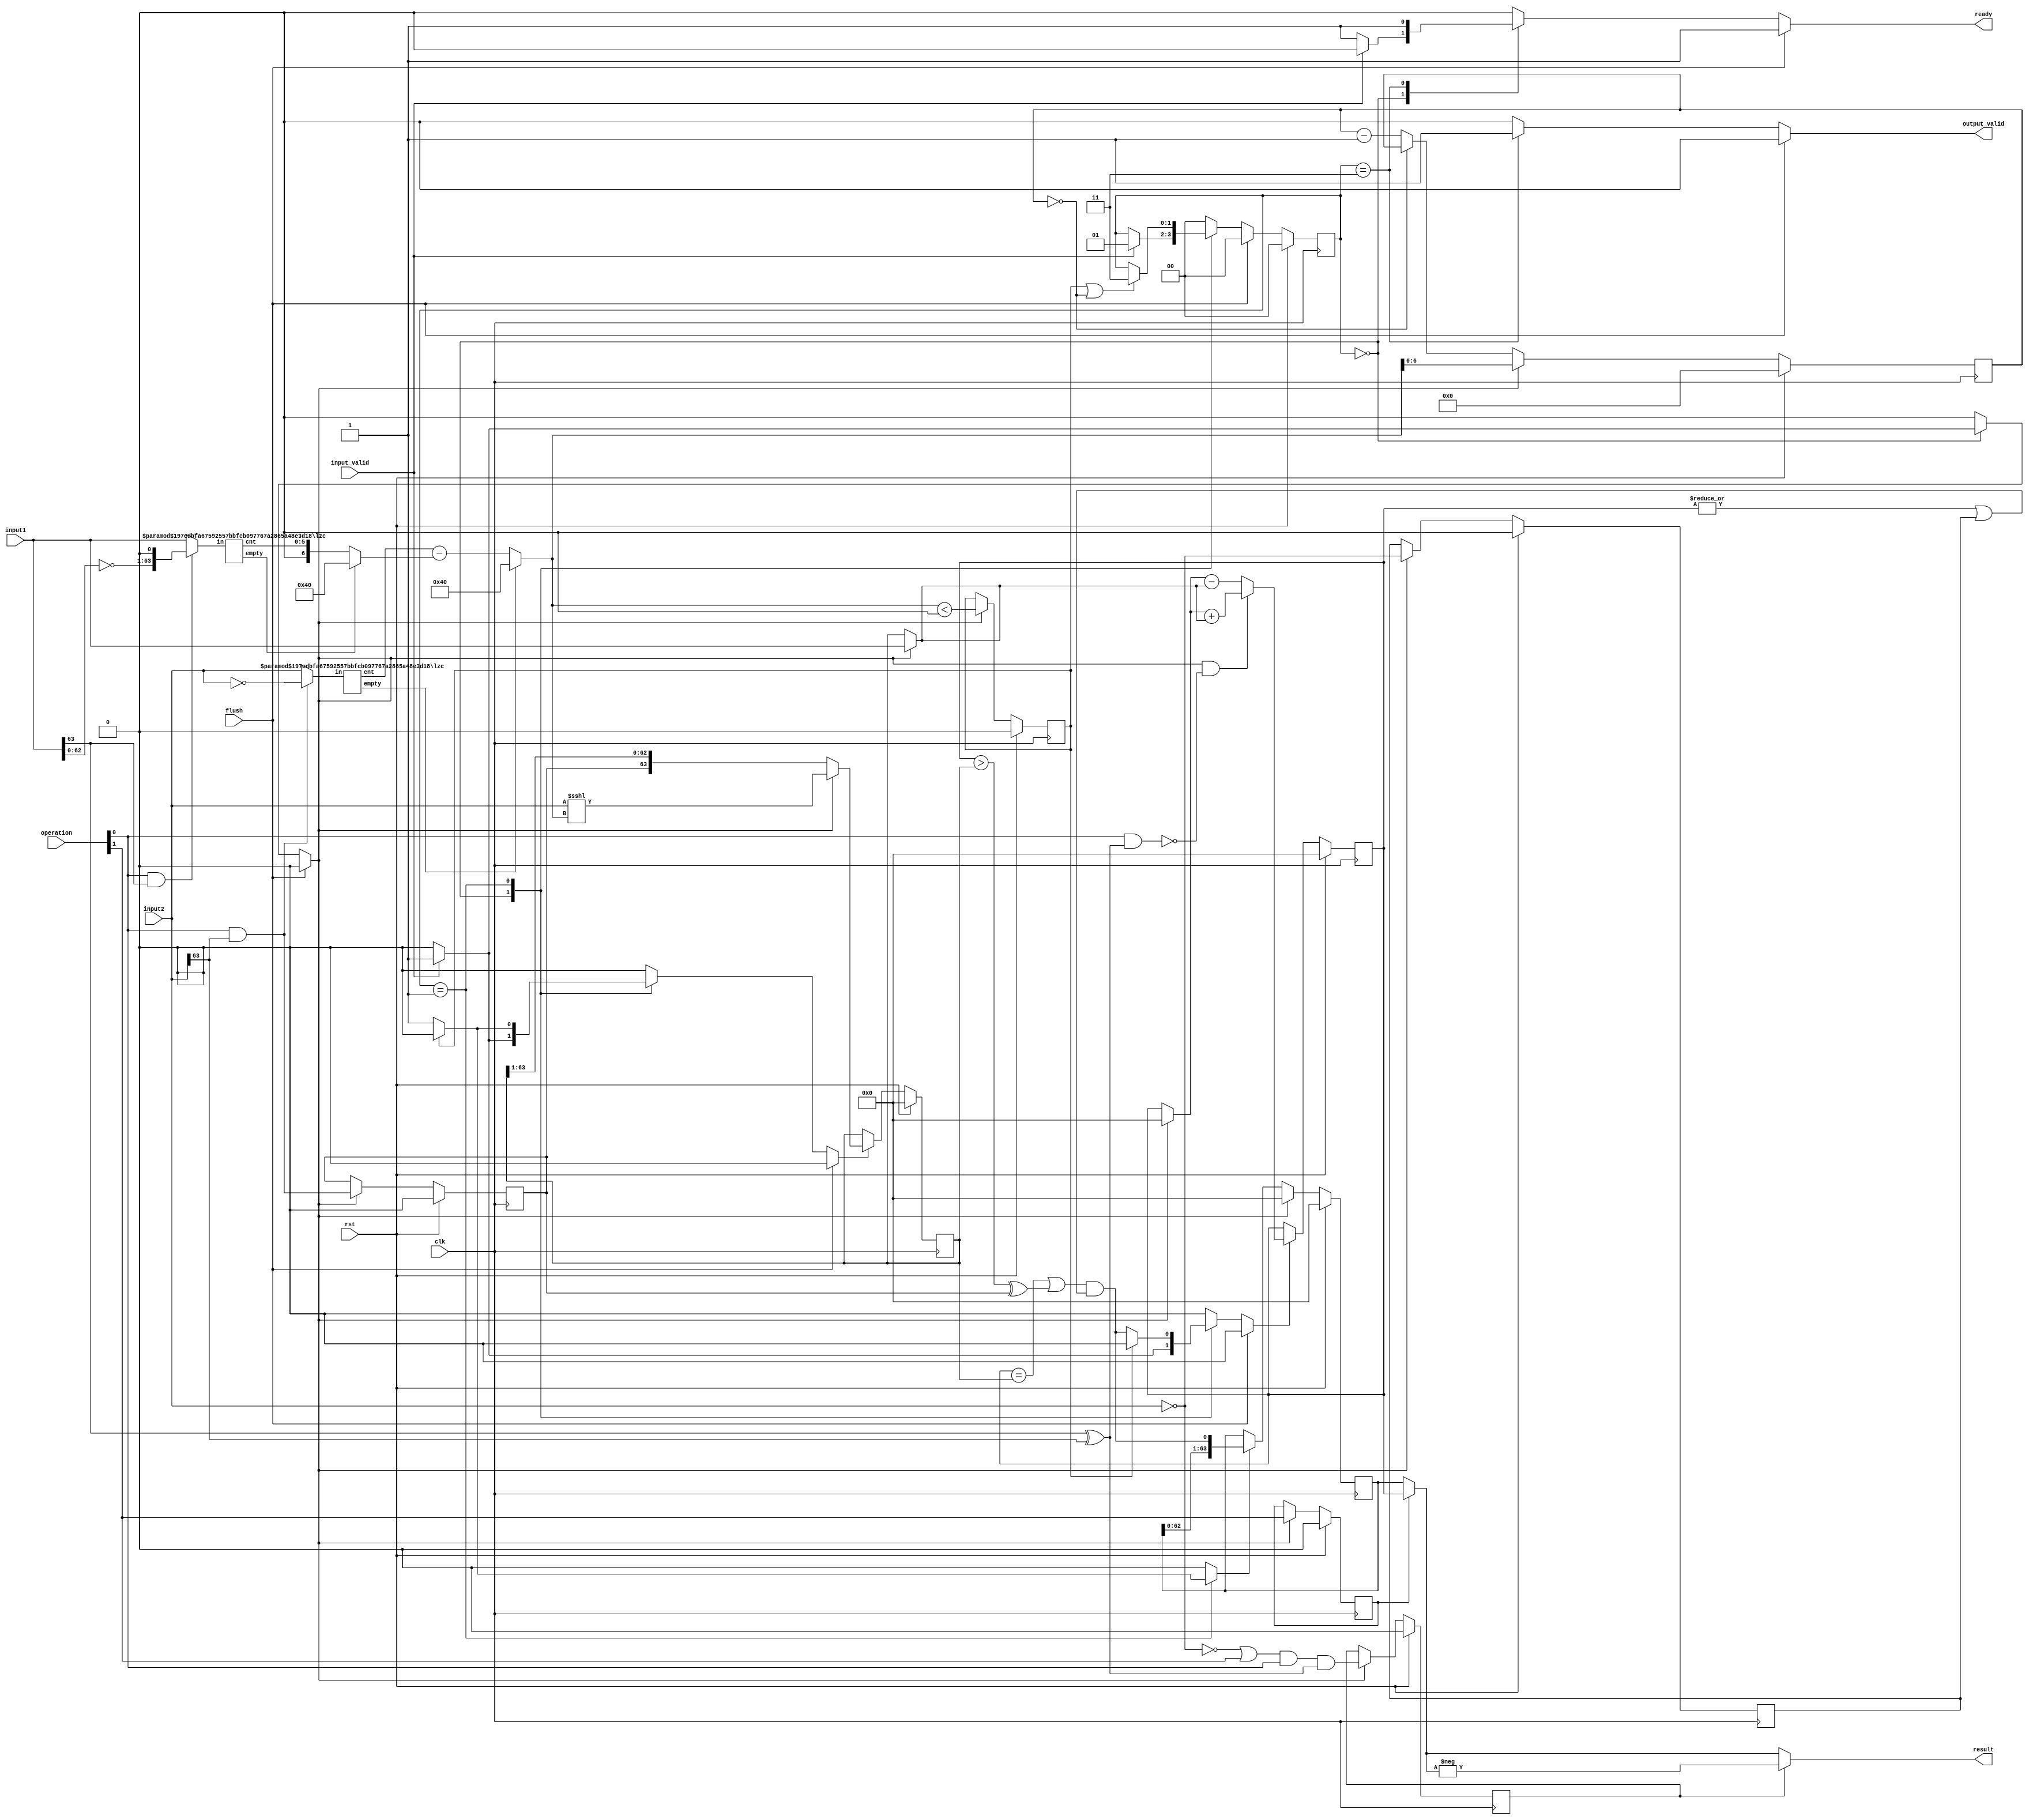
//******************************************************************************
// Copyright (c) 2018 - 2023, Indian Institute of Science, Bangalore.
// All Rights Reserved. See LICENSE for license details.
//------------------------------------------------------------------------------

// Contributors // Manish Kumar(manishkumar5@iisc.ac.in), Shubham Yadav(shubhamyadav@iisc.ac.in)
// Sajin S (sajins@alum.iisc.ac.in), Shubham Sunil Garag (shubhamsunil@alum.iisc.ac.in)
// Anuj Phegade (anujphegade@alum.iisc.ac.in), Deepshikha Gusain (deepshikhag@alum.iisc.ac.in)
// Ronit Patel (ronitpatel@alum.iisc.ac.in), Vishal Kumar (vishalkumar@alum.iisc.ac.in)
// Kuruvilla Varghese (kuru@iisc.ac.in)
//******************************************************************************
`timescale 1ns/1ps

(* keep_hierarchy = "yes" *)
module serialdiv
#(
  parameter WIDTH       = 64
)
(
  input  wire clk,
  input  wire rst,
  input  wire flush,                            //1=>cancel current division process

  input  wire [WIDTH-1:0]          input1,      //input 1
  input  wire [WIDTH-1:0]          input2,      //input 2
  input  wire [1:0]                operation,   // 00:DIVU, 10:REMU, 01:DIV, 11:REM
  input  wire                      input_valid, //1=>input data will be latched & division will be started

  output reg                       ready,       //1=>FU is ready to receive input
  output reg                       output_valid,//1=>output is valid
  output wire [WIDTH-1:0]          result       //result for input1/input2 according to operation selected
);

//FSM states
localparam [1:0] IDLE = 2'b00;
localparam [1:0] DIVIDE = 2'b01;
localparam [1:0] FINISH = 2'b11;

reg  [1:0]                  state_d, state;     //state of FSM
reg  [WIDTH-1:0]            res;                //residue register also results in remainder
reg  [WIDTH-1:0]            op1;                //latched input1 also results in quotient
reg  [WIDTH-1:0]            op2;                //latched input2
reg                         op2_zero;           //latched (input2==0) result
reg                         rem_sel;            //latched operation[1] 1=>rem 0=>div
reg                         comp_inv;           //latched main comparator result invert signal (depends on input2 sign & operation[0])
reg                         res_inv;            //latched control for output result inversion. (depends on signs of inputs & operation)
reg                         div_res_zero;       //latched signal indicating |input1|<|input2| (i.e. div_result=0, rem_result=input1)
reg  [$clog2(WIDTH+1)-1:0]  cnt;                //register to count no. of shift operations after alignment

//next value wires
wire [WIDTH-1:0]            res_d, op1_d, op2_d;
wire                        op2_zero_d;
wire                        rem_sel_d;
wire                        comp_inv_d;
wire                        res_inv_d;
wire                        div_res_zero_d;
wire [$clog2(WIDTH+1)-1:0]  cnt_d;

//internal signal wires
wire                        input2_zero;
wire                        op1_sign, op2_sign;
wire                        lzc_a_no_one, lzc_b_no_one;
wire                        ab_comp, pm_sel;
wire                        cnt_zero;
wire [WIDTH-1:0]            add_mux;
wire [WIDTH-1:0]            add_out;
wire [WIDTH-1:0]            add_tmp;
wire [WIDTH-1:0]            b_mux;
wire [WIDTH-1:0]            out_mux;
wire [WIDTH-1:0]            lzc_a_input;
wire [WIDTH-1:0]            lzc_b_input;
wire [WIDTH-1:0]            op2_shifted;
wire [$clog2(WIDTH)-1:0]    lzc_a_result;
wire [$clog2(WIDTH)-1:0]    lzc_b_result;
wire [$clog2(WIDTH+1)-1:0]  shift_a;
wire [$clog2(WIDTH+1):0]    div_shift;
reg                         a_reg_en;
reg                         b_reg_en;
reg                         res_reg_en;
reg                         load_en;


///////////////////////////////////////////////////////////////////////////////
// align the input operands for faster division
assign input2_zero = (input2 == 0);
assign op1_sign = input1[WIDTH-1];
assign op2_sign = input2[WIDTH-1];

assign lzc_a_input = (operation[0] & op1_sign) ? {~input1, 1'b0} : input1;
assign lzc_b_input = (operation[0] & op2_sign) ? ~input2         : input2;

lzc #(.MODE(1), .WIDTH(WIDTH)) lzc_a // count leading zeros
(
  .in    ( lzc_a_input  ),
  .cnt   ( lzc_a_result ),
  .empty ( lzc_a_no_one )
);

lzc #(.MODE(1), .WIDTH(WIDTH)) lzc_b // count leading zeros
(
  .in    ( lzc_b_input  ),
  .cnt   ( lzc_b_result ),
  .empty ( lzc_b_no_one )
);

assign shift_a      = (lzc_a_no_one) ? WIDTH : lzc_a_result;
assign div_shift    = (lzc_b_no_one) ? WIDTH : lzc_b_result-shift_a;

assign op2_shifted  = input2 <<< $unsigned(div_shift);

//if |opB| > |opA| then division is zero and can be terminated
assign div_res_zero_d = (load_en) ? ($signed(div_shift) < 0) : div_res_zero;

assign pm_sel      = load_en & ~(operation[0] & (op1_sign ^ op2_sign));

assign add_mux     = (load_en)   ? input1  : op2;

assign b_mux       = (load_en)   ? op2_shifted : {comp_inv, (op2[WIDTH-1:1])};  //logical shift by one in case of negative operand B!

assign out_mux     = (rem_sel) ? op1 : res;

assign result      = (res_inv) ? -$signed(out_mux) : out_mux;      //invert result if required

assign ab_comp     = ((op1 == op2) | ((op1 > op2) ^ comp_inv)) & ((|op1) | op2_zero); // main comparator

assign add_tmp     = (load_en) ? 0 : op1;
assign add_out     = (pm_sel)  ? add_tmp + add_mux : add_tmp - $signed(add_mux);


assign cnt_zero = (cnt == 0);
assign cnt_d    = (load_en) ? div_shift : (~cnt_zero) ? (cnt-1) : cnt;

always @* begin
  // default
  state_d        = state;
  ready          = 1'b0;
  output_valid   = 1'b0;
  load_en        = 1'b0;
  a_reg_en       = 1'b0;
  b_reg_en       = 1'b0;
  res_reg_en     = 1'b0;

  case(state)
      IDLE: begin
          ready = 1'b1;
          if (input_valid) begin
              a_reg_en  = 1'b1;
              b_reg_en  = 1'b1;
              load_en   = 1'b1;
              ready     = 1'b0;
              state_d   = DIVIDE;
          end
      end
    DIVIDE: begin
        output_valid = 1'b0;
        ready        = 1'b0;
        if(~div_res_zero) begin
            a_reg_en     = ab_comp;
            b_reg_en     = 1'b1;
            res_reg_en   = 1'b1;
        end
        if(div_res_zero | cnt_zero) begin
            state_d = FINISH;
        end
    end
    FINISH: begin
        output_valid = 1'b1;
        ready        = 1'b1;
        state_d      = IDLE;
    end
    default : state_d = IDLE;
  endcase

  if (flush) begin
      ready         = 1'b1;
      output_valid  = 1'b0;
      a_reg_en      = 1'b0;
      b_reg_en      = 1'b0;
      load_en       = 1'b0;
      state_d       = IDLE;
  end
end


assign rem_sel_d    = (load_en) ? operation[1] : rem_sel;
assign comp_inv_d   = (load_en) ? operation[0] & op2_sign : comp_inv;
assign op2_zero_d   = (load_en) ? input2_zero : op2_zero;
assign res_inv_d    = (load_en) ? (~input2_zero | operation[1]) & operation[0] & (op1_sign ^ op2_sign) : res_inv;

assign op1_d   = (a_reg_en)  ? add_out : op1;
assign op2_d   = (b_reg_en)  ? b_mux   : op2;
assign res_d   = (load_en)   ? 0       : (res_reg_en) ? {res[WIDTH-1:0], ab_comp} : res;

always @(posedge clk) begin
  if (rst) begin
    state        <= IDLE;
    op1          <= 0;
    op2          <= 0;
    res          <= 0;
    cnt          <= 0;
    rem_sel      <= 1'b0;
    comp_inv     <= 1'b0;
    res_inv      <= 1'b0;
    op2_zero     <= 1'b0;
    div_res_zero <= 1'b0;
  end
  else begin
    state        <= state_d;
    op1          <= op1_d;
    op2          <= op2_d;
    res          <= res_d;
    cnt          <= cnt_d;
    rem_sel      <= rem_sel_d;
    comp_inv     <= comp_inv_d;
    res_inv      <= res_inv_d;
    op2_zero     <= op2_zero_d;
    div_res_zero <= div_res_zero_d;
  end
end

endmodule


///////////////////////////////////////////////////////////////////////////////
// A trailing zero counter / leading zero counter.
// Set MODE to 0 for trailing zero counter => cnt is the number of trailing zeros (from the LSB)
// Set MODE to 1 for leading zero counter  => cnt is the number of leading zeros  (from the MSB)
// If the input does not contain a zero, `empty` is asserted. Additionally `cnt` contains
// the maximum number of zeros - 1. For example:
//   in = 000_0000, empty = 1, cnt = 6 (mode = 0)
//   in = 000_0001, empty = 0, cnt = 0 (mode = 0)
//   in = 000_1000, empty = 0, cnt = 3 (mode = 0)

module lzc
#(
  parameter WIDTH = 32,
  parameter MODE  = 1'b0 // 0=>trailing zero, 1=>leading zero
)
(
  input  wire [WIDTH-1:0]           in,
  output wire [$clog2(WIDTH)-1:0]   cnt,
  output wire                       empty // asserted if all bits in in are zero
);

    localparam NUM_LEVELS = $clog2(WIDTH);

    wire [NUM_LEVELS-1:0]       index_lut[WIDTH-1:0] ;
    wire [2**NUM_LEVELS-1:0]    sel_nodes;
    wire [NUM_LEVELS-1:0]       index_nodes[2**NUM_LEVELS-1:0];
    wire [WIDTH-1:0]            in_tmp;

    // reverse vector if required
    genvar i;
    generate
        for (i=0; i<WIDTH; i=i+1) begin
            assign in_tmp[i] = (MODE) ? in[WIDTH-1-i] : in[i];
        end
    endgenerate

    genvar j;
    generate
        for (j=0;j< WIDTH;j=j+1) begin
            assign index_lut[j] = j;
        end
    endgenerate

    genvar level, k, l;
    generate
        for (level = 0;level< NUM_LEVELS; level=level+1) begin
            if (level== NUM_LEVELS-1) begin : g_last_level
                for (k=0;k<2**level;k=k+1) begin : g_level
                    if (2*k < WIDTH-1) begin
                        assign sel_nodes[2**level-1+k]   = in_tmp[k*2] | in_tmp[k*2+1];
                        assign index_nodes[2**level-1+k] = (in_tmp[k*2] == 1'b1) ? index_lut[k*2] :
                            index_lut[k*2+1];
                    end

                    if (2*k == WIDTH-1) begin
                        assign sel_nodes[2**level-1+k]   = in_tmp[k*2];
                        assign index_nodes[2**level-1+k] = index_lut[k*2];
                    end

                    if (2*k> WIDTH-1) begin
                        assign sel_nodes[2**level-1+k]   = 1'b0;
                        assign index_nodes[2**level-1+k] = 0;
                    end
                end
            end else begin
                for (l=0; l<2**level; l=l+1) begin : g_level
                    assign sel_nodes[2**level-1+l]   = sel_nodes[2**(level+1)-1+l*2] | sel_nodes[2**(level+1)-1+l*2+1];
                    assign index_nodes[2**level-1+l] = (sel_nodes[2**(level+1)-1+l*2] == 1'b1) ? index_nodes[2**(level+1)-1+l*2] :
                        index_nodes[2**(level+1)-1+l*2+1];
                end
            end
        end

        assign cnt   = NUM_LEVELS>0 ? index_nodes[0] : {($clog2(WIDTH)){1'b0}};
        assign empty = NUM_LEVELS>0 ? ~sel_nodes[0]  : ~(|in);

    endgenerate

endmodule